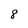
Character: 8